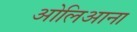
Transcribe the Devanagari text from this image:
ओलिआना